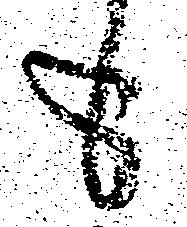
も